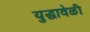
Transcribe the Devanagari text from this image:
युद्धावेळी